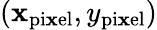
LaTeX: (\mathbf{x}_{\mathrm{{pi\mathbf{x}el}}},y_{\mathrm{{pi\mathbf{x}el}}})